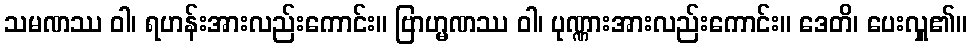
သမဏဿ ဝါ၊ ရဟန်းအားလည်းကောင်း။ ဗြာဟ္မဏဿ ဝါ၊ ပုဏ္ဏားအားလည်းကောင်း။ ဒေတိ၊ ပေးလှူ၏။